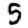
Digit: 5